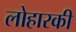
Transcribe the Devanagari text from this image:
लोहारकी